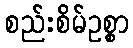
စည်းစိမ်ဥစ္စာ